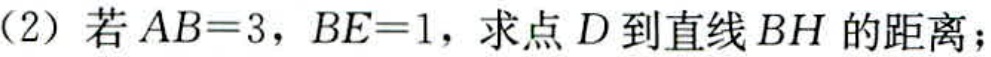
(2) 若 \(AB = 3\)，\(BE = 1\)，求点 \(D\) 到直线 \(BH\) 的距离；